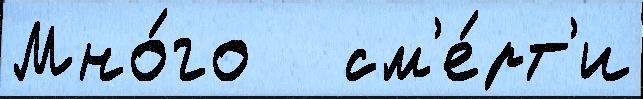
Мно́го   см'е́рт'и